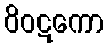
ဝိဝဋကော